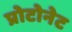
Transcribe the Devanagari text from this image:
प्रोटोनेट